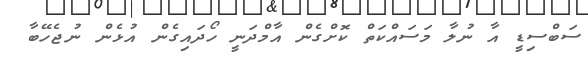
ސަބްސިޑީ އާ ނުލާ މަސައްކަތް ކޮށްގެން އާމްދަނީ ހޯދައިގެން އުޅެން ނުޖެހޭބާ